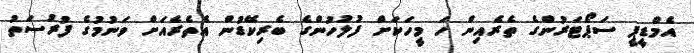
އެމްޑީޕީ ސަޕޯޓަރުންގެ ތެރެއިން ހަ މީހަކަށް ފުލުހުންގެ ބެރިކޭޑުން އެތެރެއަށް ވަނުމުގެ ފުރުސަތު